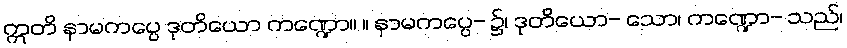
ဣတိ နာမကပ္ပေ ဒုတိယော ကဏ္ဍော။ ။ နာမကပ္ပေ- ၌၊ ဒုတိယော- သော၊ ကဏ္ဍော- သည်၊